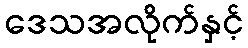
ဒေသအလိုက်နှင့်